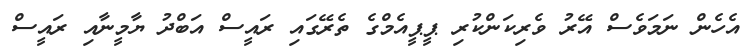
އެހެން ނަމަވެސް އޭރު ވެރިކަންކުރި ޕީޕީއެމްގެ ތެރޭގައި ރައީސް އަބްދު ޔާމީނާއި ރައީސް